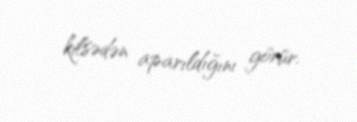
kilsədən aparıldığını görür.